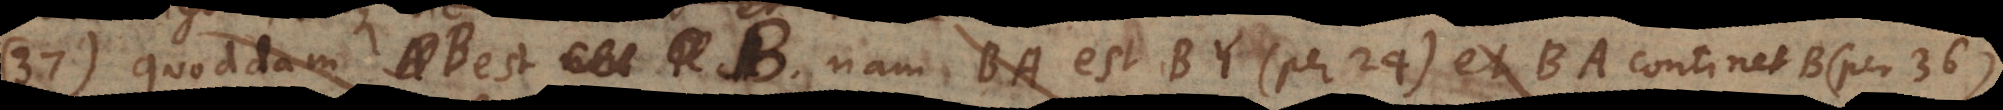
37) Quoddam AB B est B, nam BA est BY (per 24) et BA continet B (per 36).